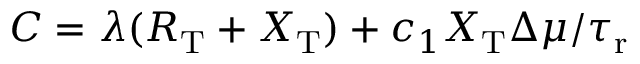
\begin{array} { r } { C = \lambda ( R _ { \mathrm { T } } + X _ { \mathrm { T } } ) + c _ { 1 } X _ { \mathrm { T } } \Delta \mu / { \tau _ { \mathrm { r } } } } \end{array}